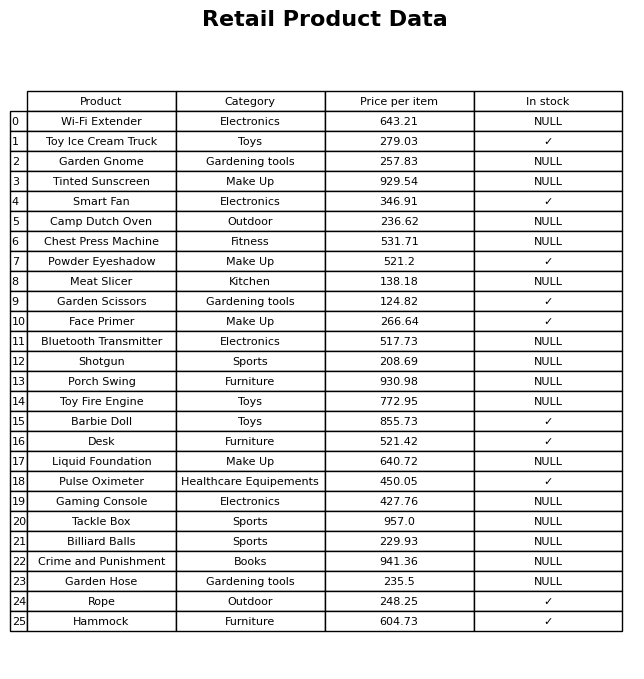
question: Which products are currently out of stock?
answer: Wi-Fi Extender, Garden Gnome, Tinted Sunscreen, Camp Dutch Oven, Chest Press Machine, Meat Slicer, Bluetooth Transmitter, Shotgun, Porch Swing, Toy Fire Engine, Liquid Foundation, Gaming Console, Tackle Box, Billiard Balls, Crime and Punishment, Garden Hose